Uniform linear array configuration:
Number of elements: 64
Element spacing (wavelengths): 0.5
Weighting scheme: kaiser
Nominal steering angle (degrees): -45
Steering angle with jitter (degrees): -43.787
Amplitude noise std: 0.05
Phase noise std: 0.05

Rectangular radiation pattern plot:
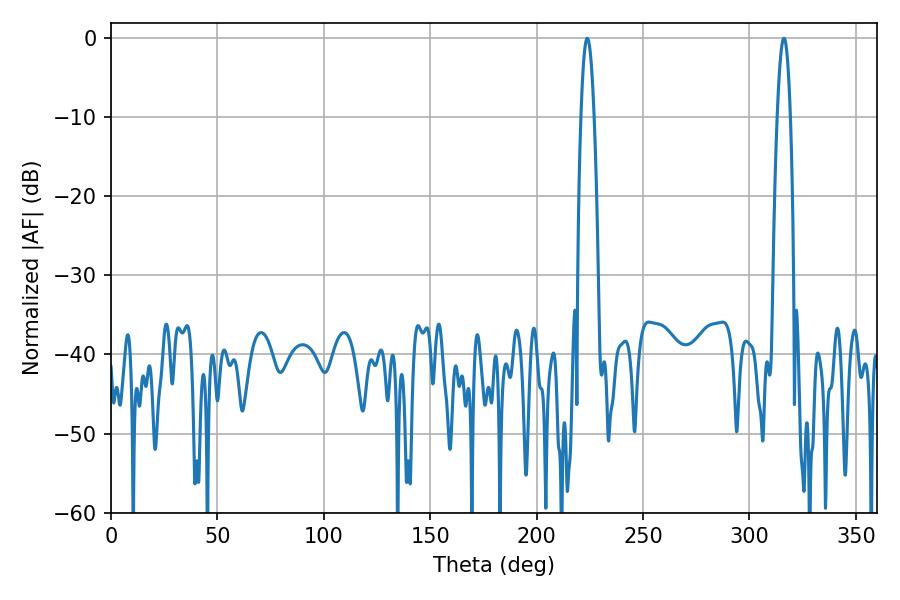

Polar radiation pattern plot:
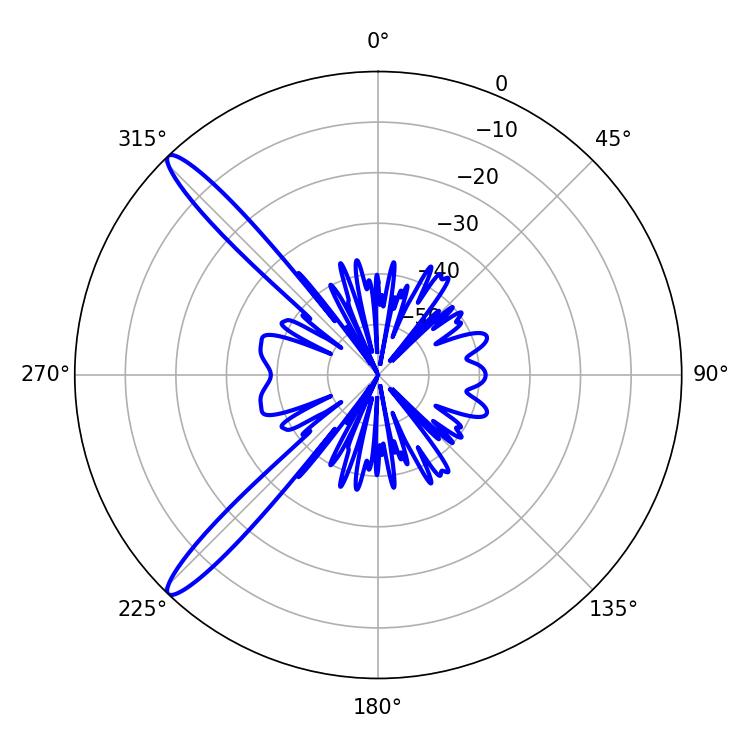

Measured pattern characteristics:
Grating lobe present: FALSE
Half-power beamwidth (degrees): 3.42
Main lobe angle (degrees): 223.74